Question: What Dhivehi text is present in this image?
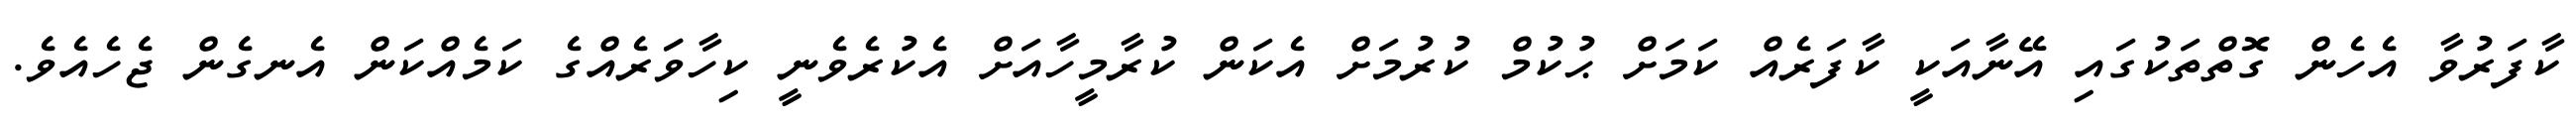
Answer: ކާފަރުވާ އެހެން ގޮތްތަކުގައި އޭނާއަކީ ކާފަރެއް ކަމަށް ޙުކުމް ކުރުމަށް އެކަން ކުރާމީހާއަށް އެކުރެވެނީ ކިހާވަަރެއްގެ ކަމެއްކަން އެނގެން ޖެހެއެވެ.